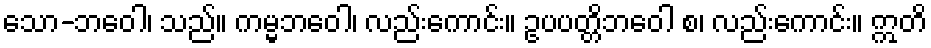
သော-ဘဝေါ၊ သည်။ ကမ္မဘဝေါ၊ လည်းကောင်း။ ဥပပတ္တိဘဝေါ စ၊ လည်းကောင်း။ ဣတိ